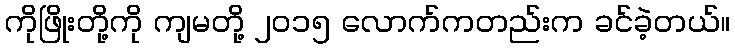
ကိုဖြိုးတို့ကို ကျမတို့ ၂၀၁၅ လောက်ကတည်းက ခင်ခဲ့တယ်။